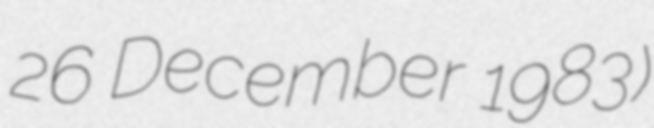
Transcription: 26 December 1983)